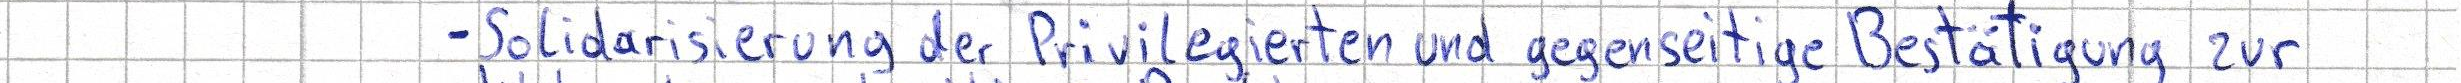
- Solidarisierung der Privilegierten und gegenseitige Bestätigung zur